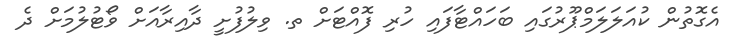
އެގޮތުން ކުއަލަލަމްޕޫރުގައި ބަހައްޓާފައި ހުރި ފޮއްޓަށް ތ. ވިލުފުށީ ދާއިރާއަށް ވޯޓުލުމަށް ދެ